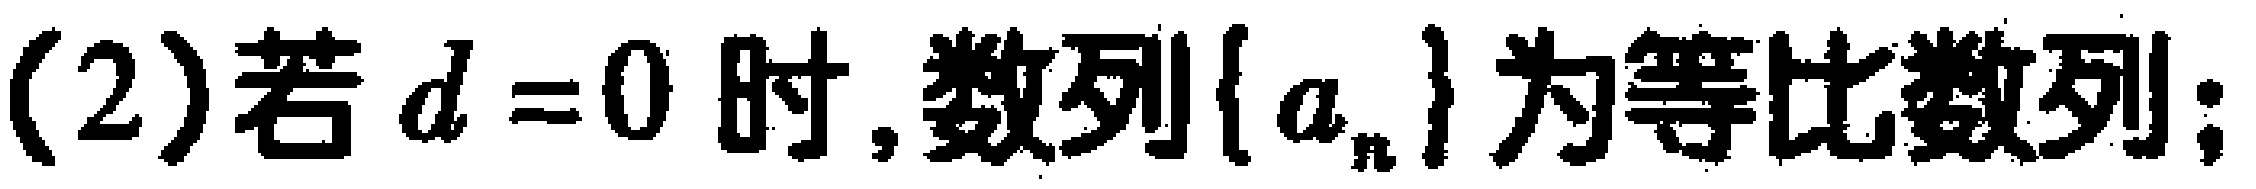
(2)若$d = 0$时,数列$\{ a_{n}\}$为等比数列;